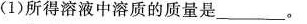
(1)所得溶液中溶质的质量是___。